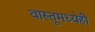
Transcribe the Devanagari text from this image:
वास्तूमध्येही